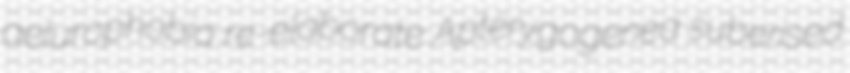
aelurophobia re-elaborate Apterygogenea suberised